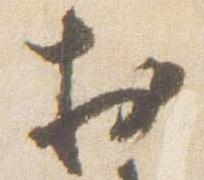
於